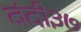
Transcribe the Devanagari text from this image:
बंदी३७